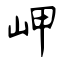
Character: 岬